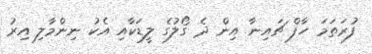
ފުރަތަމަ ހާފް ޗައިނާ އިން ދެ ގޯލުގެ ލީޑަކާއި އެކު ނިންމާލި އިރު